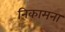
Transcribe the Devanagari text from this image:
निकामना